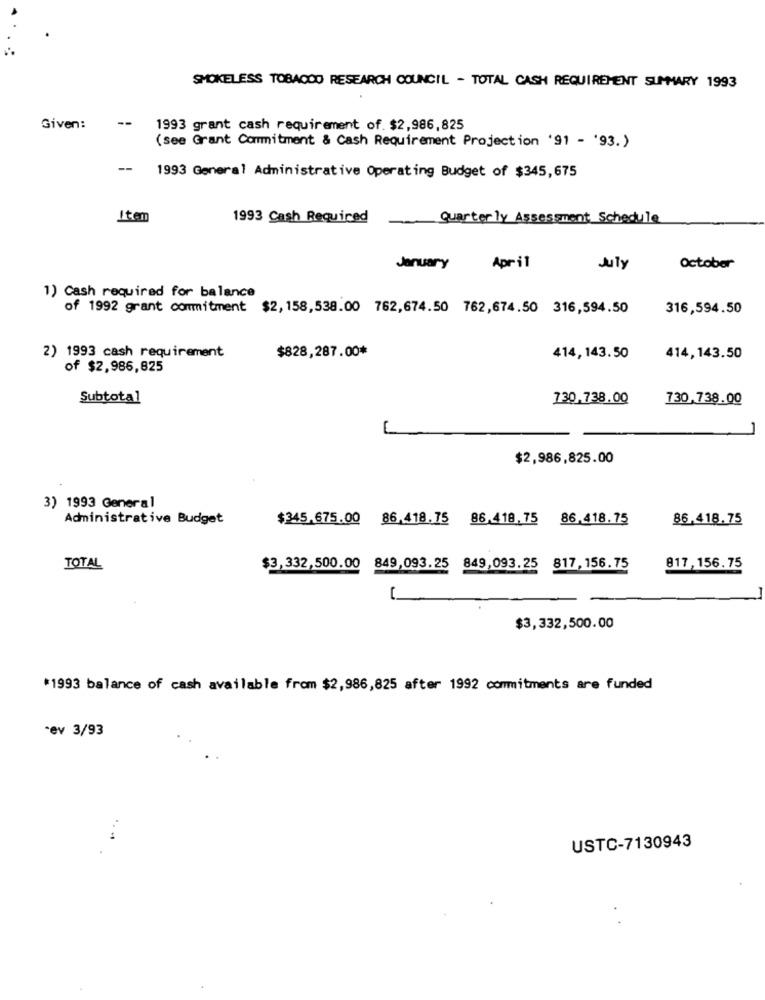
SMOKELESS TOBACCO RESEARCH COUNCIL - TOTAL CASH REQUIREMENT SUMMARY 1993
--
Given:
1993 grant cash requirement of. $2,986,825
(see Grant Commitment & Cash Requirement Projection '91 - '93.)
--
1993 General Administrative Operating Budget of $345,675
Iten
1993 Cash Required
Quarterly Assessment Schedule
January
April
July
October
1) Cash required for balance
of 1992 grant commitment $2, 158, 538.00 762,674.50 762,674.50 316,594.50
316,594.50
2) 1993 cash requirement
$828,287.00*
414, 143.50
414, 143.50
of $2,986,825
Subtotal
730,738.00
730,738.00
$2,986,825.00
3) 1993 General
Administrative Budget
$345.675.00 86.418.75
86.418.75 86.418.75
86,418.75
TOTAL
$3,332,500.00 849,093.25 849,093.25 817,156.75
817, 156.75
$3,332,500.00
*1993 balance of cash available from $2,986,825 after 1992 commitments are funded
-ev 3/93
USTC-7130943